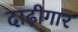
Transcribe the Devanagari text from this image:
दाढ़ीगार